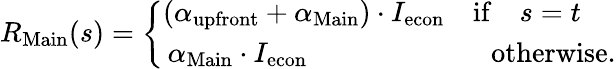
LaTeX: R_{\mathrm{Main}}(s)=\left\{ \begin{array}{ll}{(\alpha_{\mathrm{upfront}}+\alpha_{\mathrm{Main}})\cdot I_{\mathrm{econ}}\quad\mathrm{if}\quad s=t}\\ {\, \alpha_{\mathrm{Main}}\cdot I_{\mathrm{econ}}\quad\quad\quad\quad\quad\quad\, \, \, \mathrm{otherwise}.}\end{array}\right.